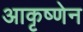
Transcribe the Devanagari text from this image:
आकृष्णेन